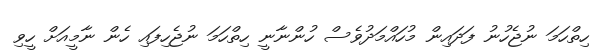
ހިތްހަމަ ނުޖެހުނު ފަދައިން މުހައްމަދުވެސް ހުންނާނީ ހިތްހަމަ ނުޖެހިފައި ހެން ނާމީއަށް ހީވި